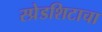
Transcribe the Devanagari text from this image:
स्प्रेडशिटाचा